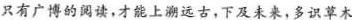
只有广博的阅读，才能上溯远古，下及未来，多识草木